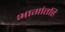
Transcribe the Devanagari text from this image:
भागांतहि